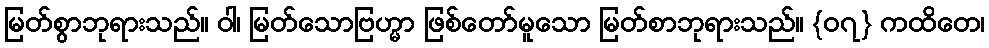
မြတ်စွာဘုရားသည်။ ဝါ၊ မြတ်သောဗြဟ္မာ ဖြစ်တော်မူသော မြတ်စာဘုရားသည်။ {၀၇} ကထိတေ၊